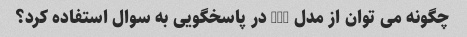
چگونه می توان از مدل GPT در پاسخگویی به سوال استفاده کرد؟